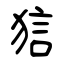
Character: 狺